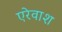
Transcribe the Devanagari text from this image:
एरेवाश